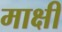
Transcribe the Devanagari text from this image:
माक्षी